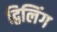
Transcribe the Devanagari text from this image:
द्विलिंग